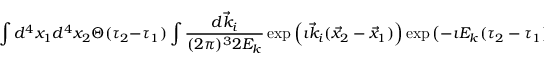
\int d ^ { 4 } x _ { 1 } d ^ { 4 } x _ { 2 } \Theta ( \tau _ { 2 } - \tau _ { 1 } ) \int \frac { d { \vec { k } _ { i } } } { ( 2 \pi ) ^ { 3 } 2 E _ { k } } \exp \left( \imath { \vec { k } _ { i } } ( { \vec { x } _ { 2 } } - { \vec { x } _ { 1 } } ) \right) \exp \left( - \imath E _ { k } ( \tau _ { 2 } - \tau _ { 1 } ) \right) a ( x _ { 1 } ) b ^ { * } ( x _ { 2 } ) ,